65_HS1-834228961_62-HQ-83894_Section_1
Agency: FBI
Page 82
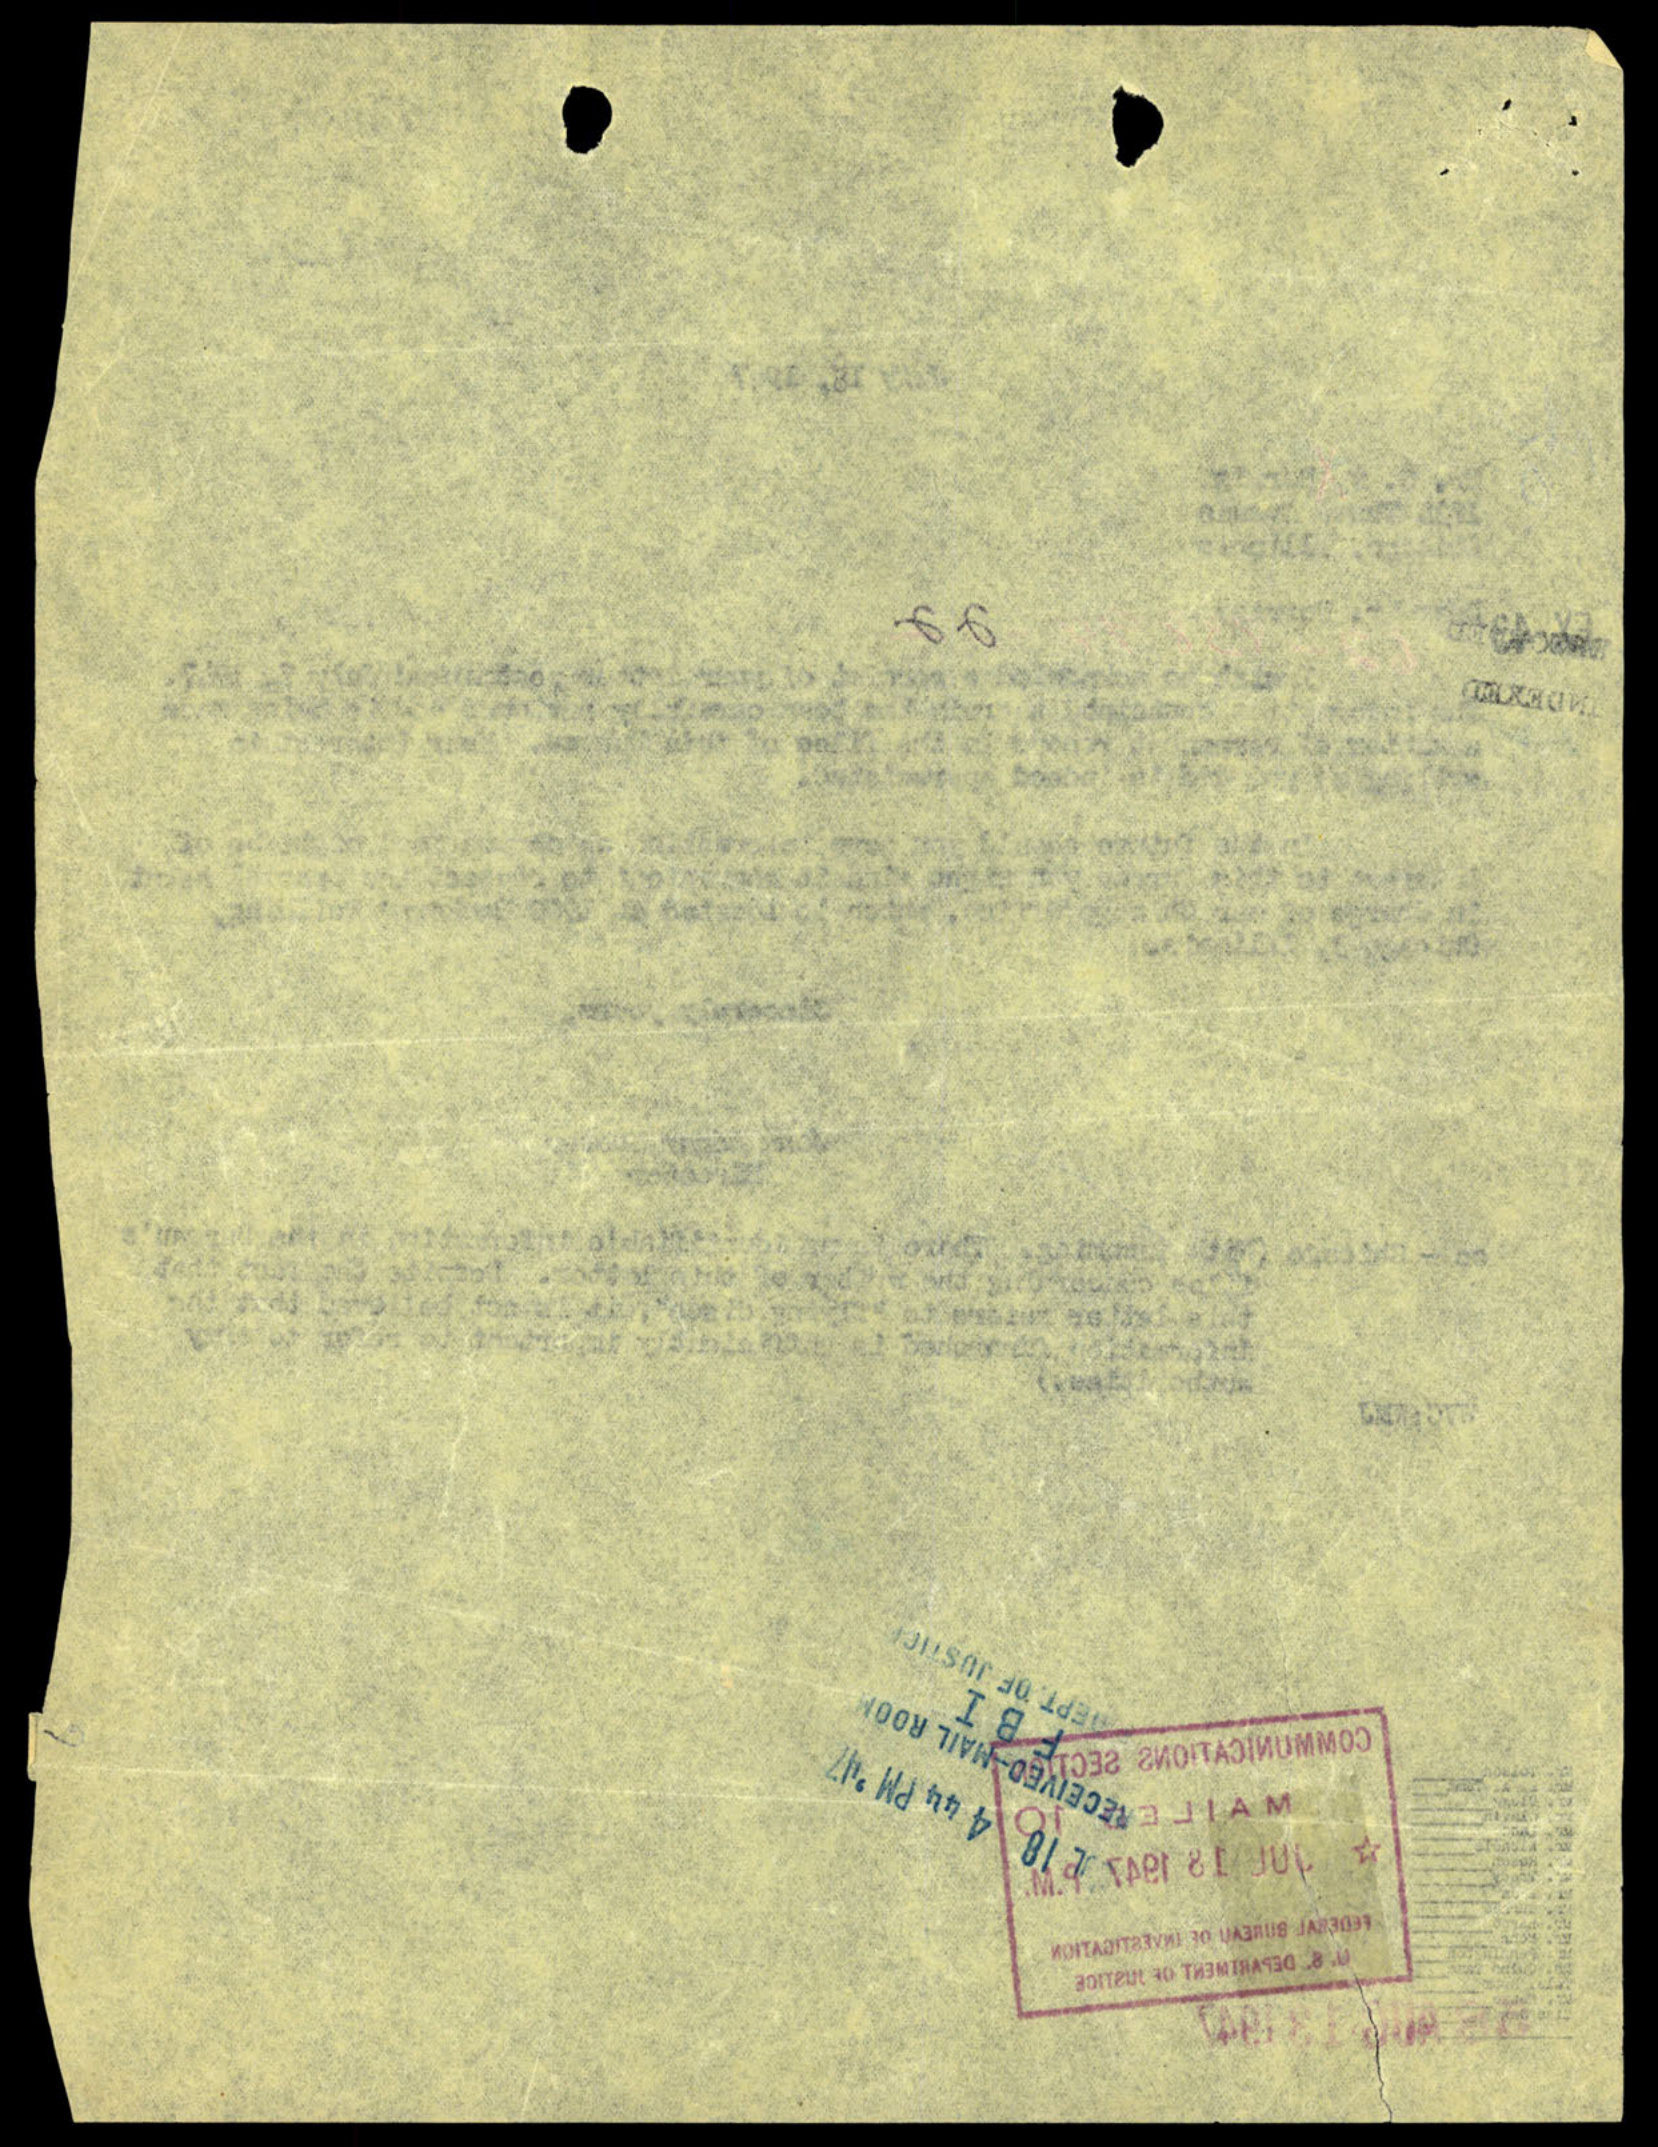